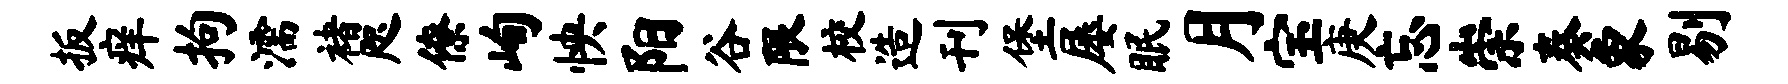
扳痒拘濡褚咫僚峋怏阳谷限校造刊堡屡眠月宝庚忘崇奏象剔